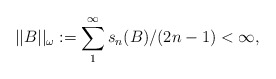
\begin{align*}||B||_{\omega}:=\sum_{1}^{\infty}s_{n}(B)/(2n-1)<\infty,\end{align*}